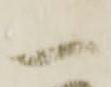
一